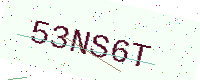
Text: 53NS6T